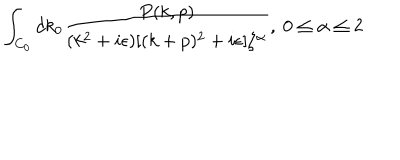
LaTeX: \int _ { C _ { 0 } } d k _ { 0 } { \frac { P ( k , p ) } { ( k ^ { 2 } + i \epsilon ) [ ( k + p ) ^ { 2 } + i \epsilon ] \zeta ^ { \alpha } } } , \ 0 \leq \alpha \leq 2